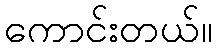
ကောင်းတယ်။